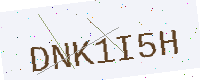
Text: DNK1I5H